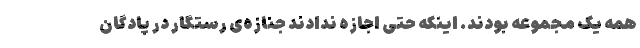
همه یک مجموعه بودند. اینکه حتی اجازه ندادند جنازه‌ی رستگار در پادگان